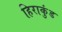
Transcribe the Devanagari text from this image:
हिराकुंड